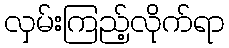
လှမ်းကြည့်လိုက်ရာ